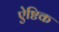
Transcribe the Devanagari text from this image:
ऐष्टिक